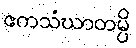
ဧကသံဃာတမ္ပိ